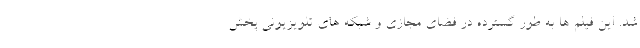
شد. این فیلم ها به طور گسترده در فضای مجازی و شبکه های تلویزیونی پخش